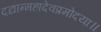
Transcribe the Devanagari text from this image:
दद्यान्महादेवप्रमोदया॥